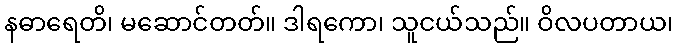
နဓာရေတိ၊ မဆောင်တတ်။ ဒါရကော၊ သူငယ်သည်။ ဝိလပတာယ၊